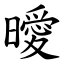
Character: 曖